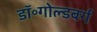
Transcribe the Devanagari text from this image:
डॉ॰गोल्डबर्ग